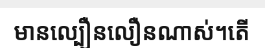
មានល្បឿនលឿនណាស់។តើ